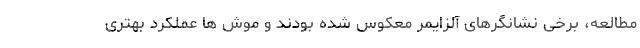
مطالعه، برخی نشانگرهای آلزایمر معکوس شده بودند و موش ها عملکرد بهتری